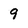
Character: 9